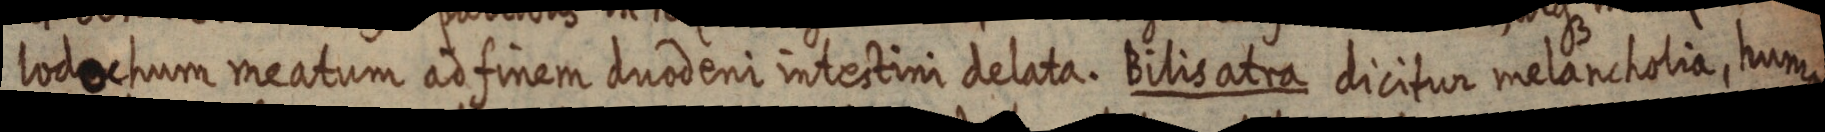
lodochum meatum ad finem duodeni intestini delata. Bilis atra dicitur melancholia, humor